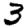
Digit: 3